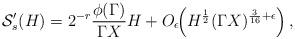
LaTeX: \begin{align*} \mathcal S'_s(H) = 2^{-r}\frac{\phi(\Gamma)}{\Gamma X}H + O_\epsilon\!\!\left(H^{\frac{1}{2}}(\Gamma X)^{\frac{3}{16} + \epsilon}\right),\end{align*}